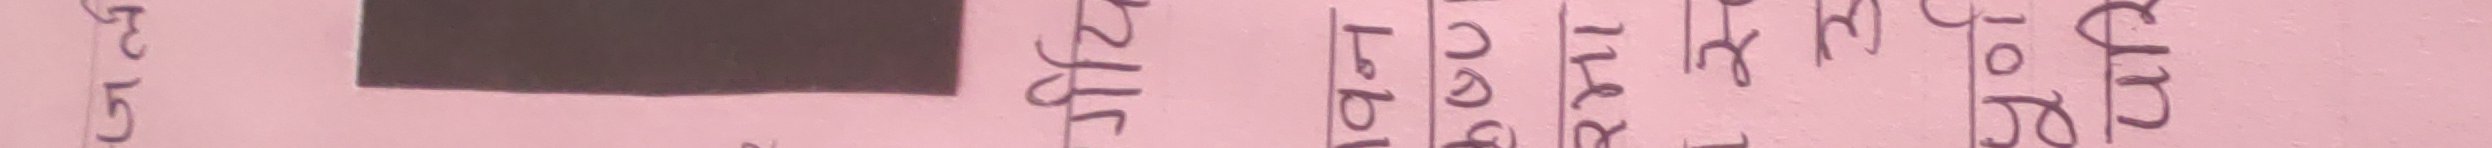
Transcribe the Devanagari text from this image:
८ अधिकारी
५ उपसचिव
६ सचिव